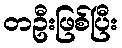
တဦးဖြစ်ပြီး